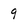
Character: 9